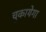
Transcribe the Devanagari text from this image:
चुकायेगा